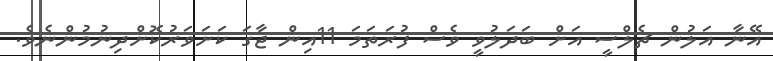
އޭނާ އަލުން ޗެލްސީ އަށް ބަދަލުވީ ވެސް ފުރަތަމަ 11އިން ޖާގަ ކަށަވަރުކޮށްދިނުމުންނެވެ.